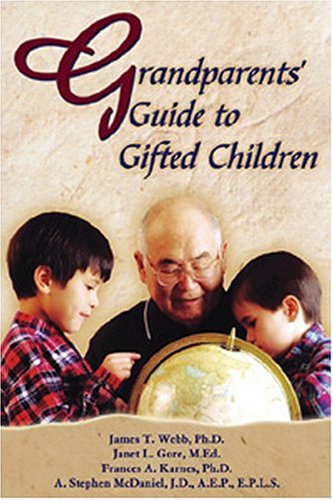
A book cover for Grandparents' Guide to Gifted Children; James T. Webb; Parenting & Relationships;